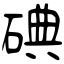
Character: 碘